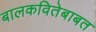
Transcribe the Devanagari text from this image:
बालकवितेबाबत